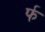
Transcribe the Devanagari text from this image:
र्फ